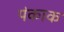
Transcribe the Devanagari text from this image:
पंकाक